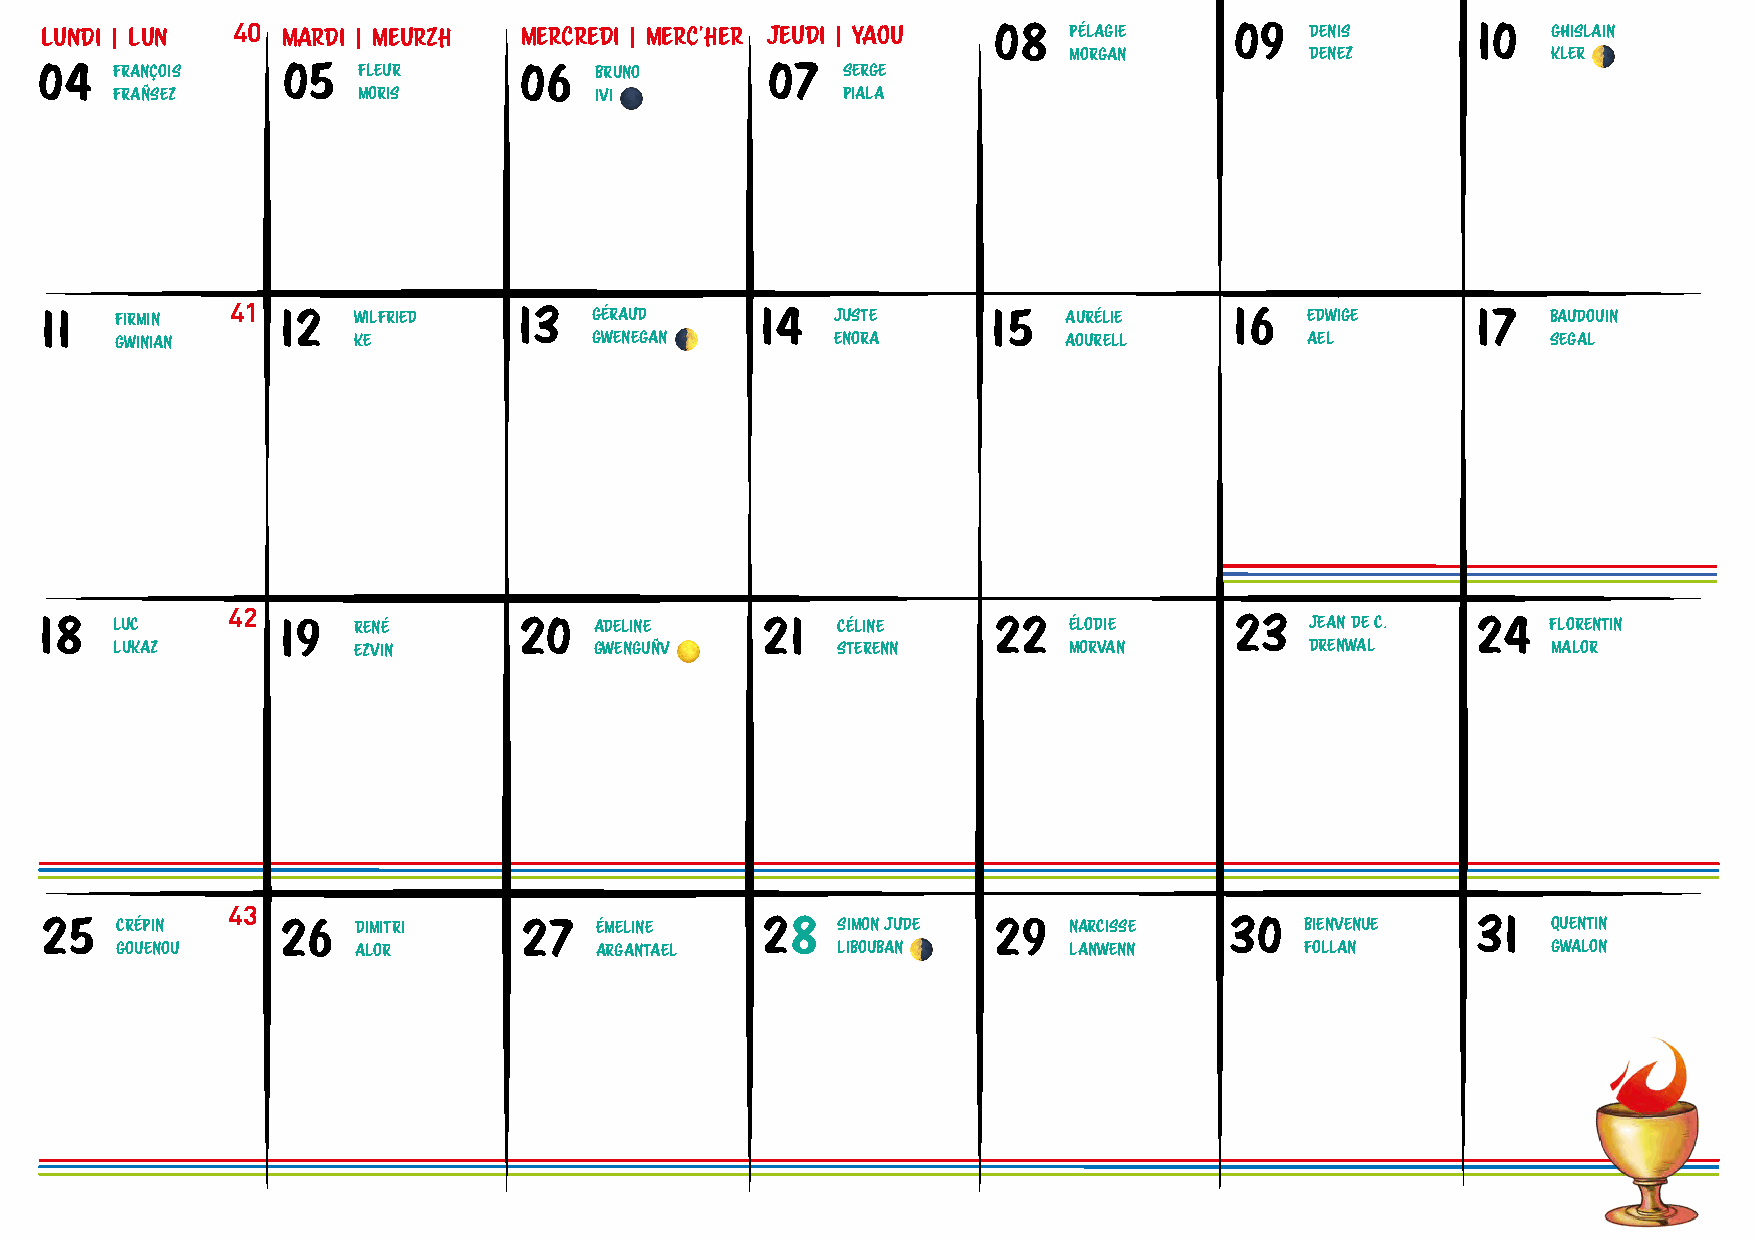
Lundi | Lun 40  Mardi | Meurzh  Mercredi | Merc'her Jeudi | Yaou 08 PÉLAGIE    09   DENIS      10   GHISLAIN
 MORGAN          DENEZ           KLER 🌗
 04   FRANÇOIS   05   FLEUR     06   BRUNO       07   SERGE
 FRAÑSEZ         MORIS          IVI 🌑            PIALA
 11   FIRMIN
 41
 12   WILFRIED   13   GÉRAUD     14   JUSTE      15   AURÉLIE    16   EDWIGE     17   BAUDOUIN
 GWINIAN        KE              GWENEGAN 🌓      ENORA           AOURELL         AEL             SEGAL
 42
 18   LUC       19   RENÉ       20   ADELINE    21   CÉLINE     22   ÉLODIE     23   JEAN DE C. 24   FLORENTIN
 LUKAZ          EZVIN           GWENGUÑV 🌕      STERENN         MORVAN          DRENWAL         MALOR
 43
 25   CRÉPIN     26   DIMITRI   27   ÉMELINE    28   SIMON JUDE 29   NARCISSE  30   BIENVENUE   31   QUENTIN
 GOUENOU         ALOR           ARGANTAEL       LIBOUBAN 🌗      LANWENN        FOLLAN           GWALON